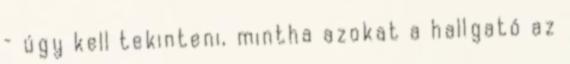
– úgy kell tekinteni, mintha azokat a hallgató az